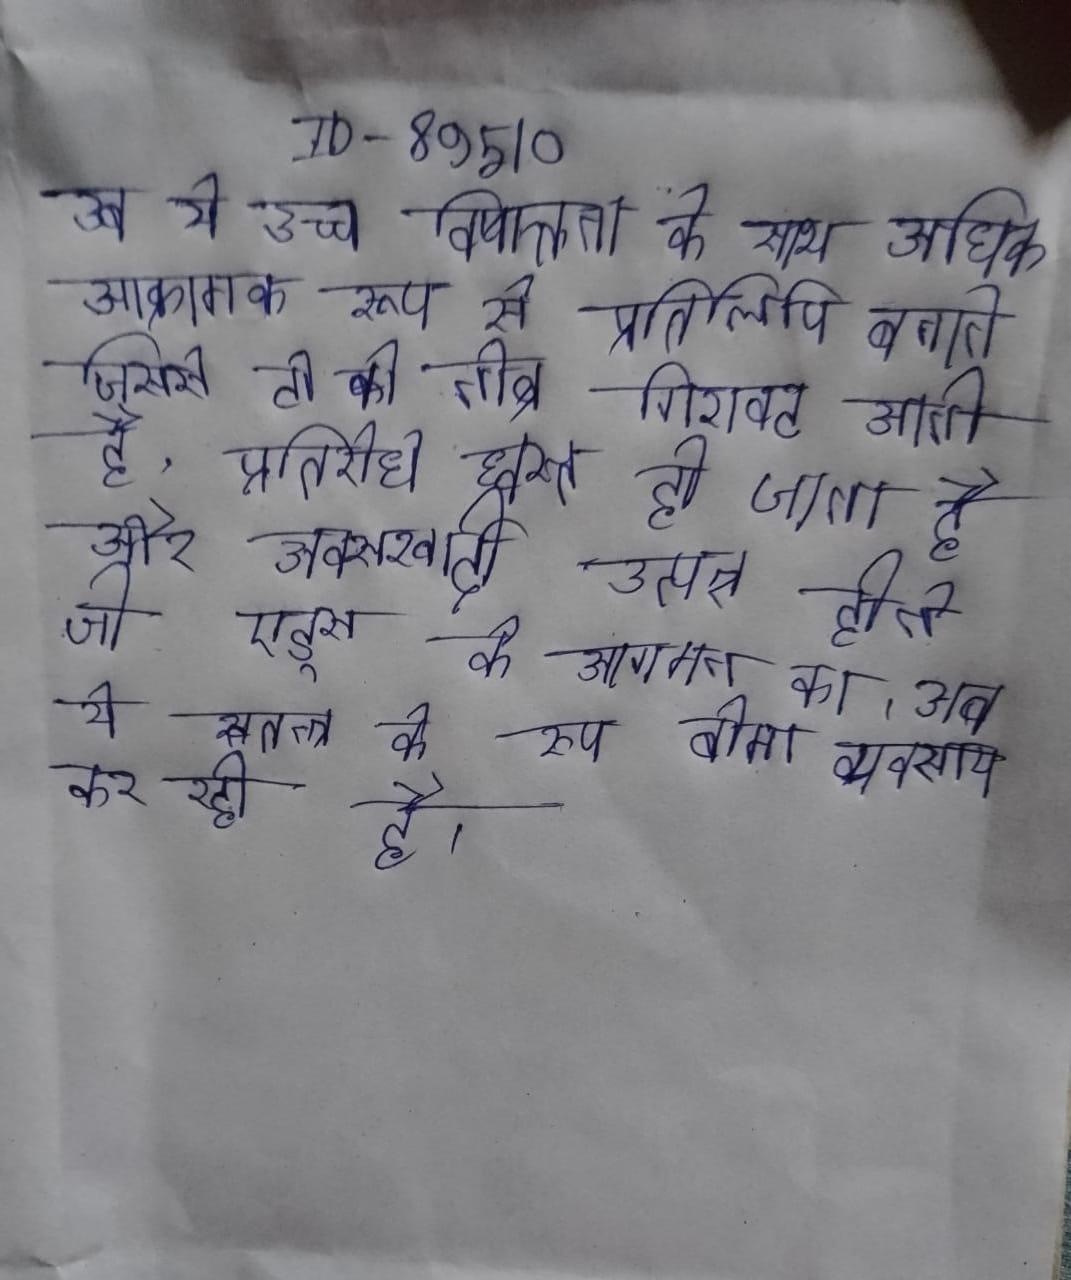
अब ये उच्च विषाक्तता के साथ अधिक आक्रामक रूप से प्रतिलिपि बनाते जिससे टी की तीव्र गिरावट आती है, प्रतिरोध ध्वस्त हो जाता है और अवसरवादी उत्पन्न होते जो एड्स के आगमन का । अब ये स्वतन्त्र के रूप बीमा व्यवसाय कर रही है ।